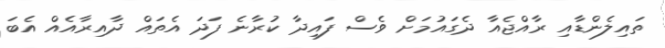
ތައިލެންޑާއި ރާއްޖެއާ ދެގައުމަށް ވެސް ފައިދާ ކުރާނެ ފަދަ އެތައް ދާއިރާއެއް އެބަ